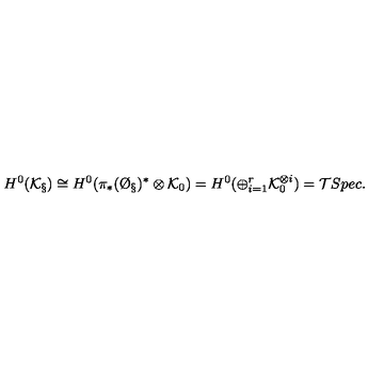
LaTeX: H ^ { 0 } ( \mathcal { K } _ { \S } ) \cong H ^ { 0 } ( \pi _ { * } ( \O _ { \S } ) ^ { * } \otimes \mathcal { K } _ { 0 } ) = H ^ { 0 } ( \oplus _ { i = 1 } ^ { r } \mathcal { K } _ { 0 } ^ { \otimes i } ) = \mathcal { T } S p e c .